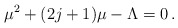
\begin{align*}\mu^2+(2j+1)\mu-\Lambda=0\,. \end{align*}